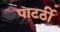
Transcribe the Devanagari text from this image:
पाटर्ठी